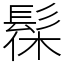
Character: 髹